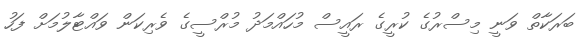
ބަރަކާތް ވަނީ މިސްރުގެ ކުރީގެ ރައީސް މުހައްމަދު މުރްސީގެ ވެރިކަން ވައްޓާލުމަށް ފަހު